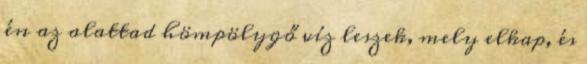
én az alattad hömpölygő víz leszek, mely elkap, és